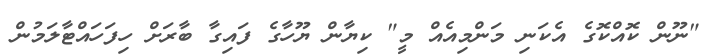
"ނޫން ކޮއްކޮގެ އެކަނި މަންމިއެއް މީ" ކިޔާން ޔޫހާގެ ފައިގާ ބާރަށް ހިފަހައްޓާލަމުން